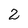
Character: 2